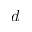
d